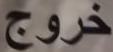
خروج